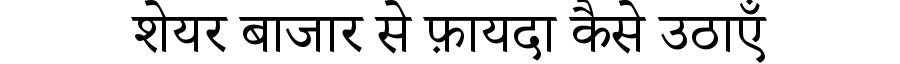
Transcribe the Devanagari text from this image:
शेयर बाजार से फ़ायदा कैसे उठाएँ